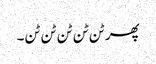
پھر ٹن ٹن ٹن ٹن ٹن۔